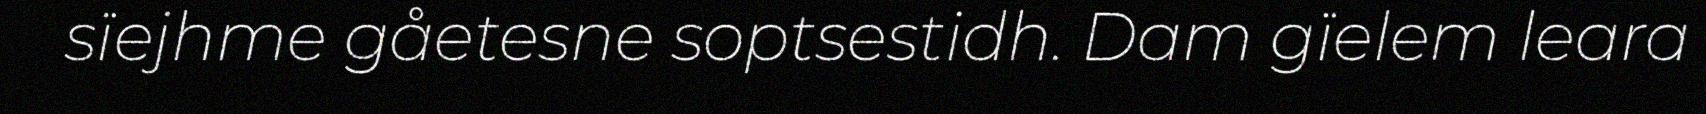
sïejhme gåetesne soptsestidh. Dam gïelem leara